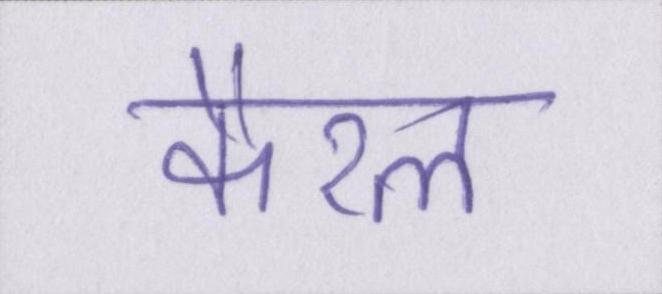
कैरल